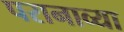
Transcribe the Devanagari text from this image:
परानाव्या